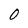
Character: 0